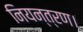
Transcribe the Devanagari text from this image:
नियन्त्रण।